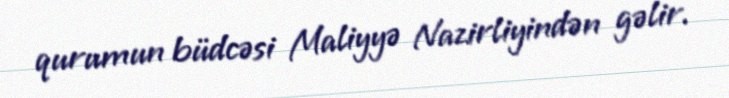
qurumun büdcəsi Maliyyə Nazirliyindən gəlir.